Report on sanitation, dispensaries, and jails in Rajputana for 1909, and on vaccination for the year 1909-1910 - 1909-1910
Year: 1909
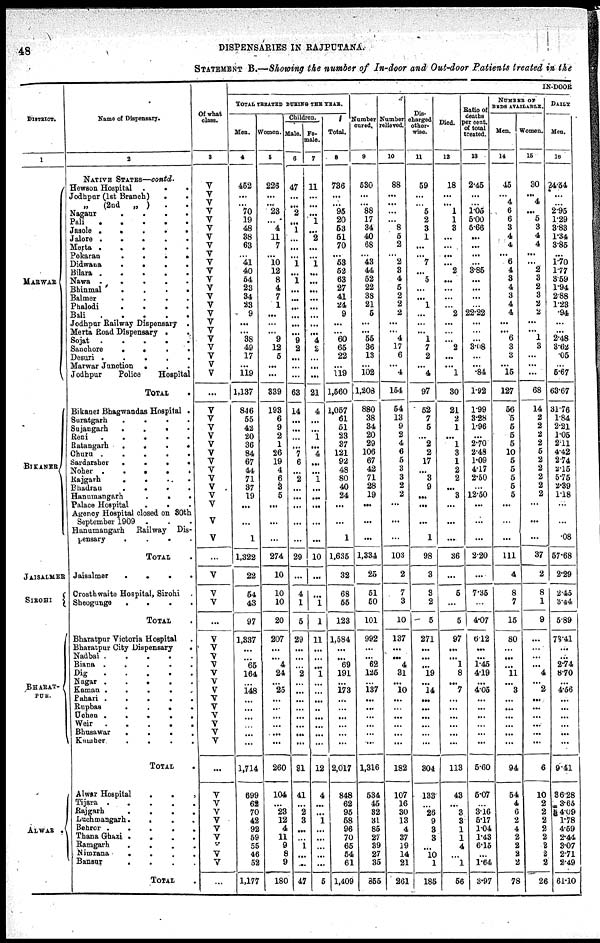
48
DISPENSARIES IN RAJPUTANA.
STATEMENT B.—Showing the number of In-door and Out-door Patients treated in the
DISTRICT.
1
MARWAR
BIKANER
JAISALMER
SIROHI
BHARAT¬
PUR.
ALWAR .
Name of Dispensary.
2
NATIVE STATES—contd.
Hewson Hospital
.
. .
Jodhpur (1st Branch)
.
.
„
(2nd „ ) . .
Nagaur
. . . .
Pali
.
.
.
.
.
Jasole .
.
.
.
.
Jalore .
.
.
.
.
Merta .
.
.
.
.
Pokaran
.
.
.
.
Didwana
.
.
. .
Bilara . .
.
.
.
Nawa .
.
.
.
.
Bhinmal
.
.
.
.
Balmer
.
.
.
.
Phalodi
.
.
.
.
Bali
.
.
.
.
.
Jodhpur Railway Dispensary .
Merta Road Dispensary . .
Sojat
.
.
.
.
.
Sanchore
.
.
.
.
Desuri .
.
.
.
.
Marwar Junction
. . .
Jodhpur
Police
Hospital
TOTAL .
Bikaner Bhagwandas Hospital .
Suratgarh
.
.
.
.
Sujangarh
. . . .
Beni
.
.
.
. .
Batangarh
.
.
.
.
Churu .
.
.
.
.
Sardarsher
.
.
.
.
Noher .
.
.
.
.
Rajgarh
.
.
.
.
Bhadran
.
.
.
.
Hanumangarh
.
.
.
Palace Hospital
.
. .
Agency Hospital closed on 80th
September 1909 . . .
Honumangarh
Railway Dis-
pensary
.
.
.
.
TOTAL .
Jaisalmer
.
.
.
.
Crosth waite Hospital, Sirohi .
Sheogunge
.
. . .
TOTAL .
Bharatpur Victoria Hospital .
Bharatpur City Dispensary
.
Nadbai .
.
.
.
.
Biana
. . . . .
Dig
.
.
.
.
.
Nagar .
.
.
.
.
Kaman
.
.
. . .
Pahari .
.
.
.
.
Rupbas
.
.
.
.
Uchen .
.
.
.
.
Weir
.
.
.
.
.
Bhusawar
.
.
. .
Kumher
. . . .
TOTAL .
Alwar Hospital . . .
Tijara .
.
.
. .
Rajgarh . . . .
Luchmangarh.
. . .
Behror .
.
.
.
Thana Ghazi . . . .
Ramgarh
.
. . .
Nimrana
. . . .
Bansur
. . . .
TOTAL .
Of what
class.
3
V
V
V
V
V
V
V
V
V
V
V
V
V
V
V
V
V
V
V
V
V
V
V
...
V
V
V
V
V
V
V
V
V
V
V
V
V
V
...
V
V
V
...
V
V
V
V
V
V
V
V
V
V
V
V
V
...
V
V
V
V
V
V
V
V
V
...
IN-DOOR
TOTAL TREATED DURING THE YEAR.
Men.
4
452
...
... 70
19
48
38
63
... 41
40
54
23
34
23
9
...
...
38
49
17
...
119
1,137
846
55
42
20
36
84
67
44
71
37
19
...
...
1
1,322
22
54
43
97
1,337
...
...
65
164
...
148
...
...
...
...
...
...
1,714
699
62
70
42
92
59
55
46
52
1,177
Women.
5
226
...
... 23
...
4
11
7
... 10
12
8
4
7
1
...
...
...
9
12
5
...
...
339
193
6
9
2
1
26
19
4
6
3
5
...
...
...
274
10
10
10
20
207
... ...
4
24
...
25
...
...
...
...
...
...
260
104
...
23
12
4
11
9
8
9
180
Children.
Male.
6
47
...
...
2
...
1
...
...
... 1
...
1
...
...
...
...
...
...
9
2
...
...
...
63
14
...
...
...
...
7
6
...
2
...
...
...
...
...
29
...
4
1
5
29
...
...
...
2
...
...
...
...
...
...
...
...
31
41
...
2
3
...
...
1
...
...
47
Fe¬
male.
7
11
...
...
...
1
...
2
...
... 1
...
...
...
...
...
...
...
...
4
2
...
...
...
21
4
...
...
1
...
4
...
...
1
...
...
...
...
...
10
...
...
1
1
11
...
...
...
1
...
...
...
...
...
...
...
...
12
4
...
...
1
...
...
...
...
...
5
Total.
8
736
...
... 95
20
53
51
70
... 53
52
63
27
41
24
9
...
...
60
65
22
...
119
1,560
1,057
61
51
23
37
121
92
48
80
40
24
...
...
1
1,635
32
68
55
123
1,584
...
...
69
191
...
173
...
...
...
...
...
...
2,017
848
62
95
58
96
70
65
54
61
1,409
Number
cured.
9
530
...
...
88
17
34
40
68
... 43
44
52
22
38
21
5
...
...
55
36
13
...
102
1,208
880
38
34
20
29
106
67
42
71
28
19
...
...
...
1,334
25
51
50
101
992
...
...
62
125
...
137
...
...
...
...
...
...
1,316
534
46
32
31
85
27
39
27
35
855
Number
relieved.
10
88
...
...
...
... 8
5
2
... 2
3
4
5
2
2
2
...
...
4
17
6
...
4
154
54
13
9
2
4
6
5
3
3
2
2
...
...
...
103
2
7
3
10
137
...
...
4
31
...
10
...
...
...
...
...
...
182
107
16
30
13
4
37
19
14
21
261
Dis¬
charged
other¬
wise.
11
59
...
... 5
2
3
1
...
... 7
...
5
...
...
1
...
...
...
1
7
2
...
4
97
52
7
5
...
2
2
17
...
3
9
...
...
...
1
98
3
3
2
5
271
...
...
...
19
...
14
...
...
...
...
...
...
304
133
...
26
9
3
3
...
10
1
185
Died
12
18
...
...
1
1
3
...
...
...
...
2
...
...
...
...
2
...
...
...
2
...
...
1
30
21
2
1
...
1
3
1
2
2
...
3
...
...
...
36
...
5
...
5
97
...
...
1
8
...
7
...
...
...
...
...
...
113
43
...
3
3
1
1
4
...
1
56
Ratio of
deaths
Per cent.
of total
treated.
13
2.45
...
...
1.05
5.00
5.66
...
...
...
...
3.85
...
...
...
...
22.22
...
...
...
3.08
...
...
.84
1.92
1.99
3.28
1.96
...
2.70
2.48
1.09
4.17
2.50
...
12.50
...
...
...
2.20
...
7.35
...
4.07
6.12
...
...
1.45
4.19
...
4.05
...
...
...
...
...
...
5.60
5.07
...
3.16
5.17
1.04
1.43
6.15
...
1.64
3.97
NUMBER OF
BEDS AVAILABLE.
Men.
14
45
... 4
6
6
3
4
4
... 6
4
3
4
3
4
4
...
...
6
3
3
...
15
127
56
5
5
5
5
10
5
5
5
5
5
...
...
...
111
4
8
7
15
80
...
...
...
11
...
3
...
...
...
...
...
...
94
54
4
6
2
4
2
2
2
2
78
Woman.
15
30
... 4
...
5
3
4
4
... ...
2
3
2
3
2
2
...
...
1
3
...
...
...
68
14
2
2
2
2
5
2
2
2
2
2
...
...
...
37
2
8
1
9
...
...
...
...
4
...
2
...
...
...
...
...
...
6
10
2
2
2
2
2
2
2
2
26
DAILY
Men.
16
24.54
...
...
2.95
1.29
3.83
1.34
3.85
...
1.70
1.77
3.59
1.94
2.88
1.23
.94
...
...
2.48
3.62
.05
...
5.67
63.67
31.76
1.84
2.21
1.05
2.11
4.42
2.74
2.15
5.75
2.39
1.18
...
...
.08
57.68
2.29
2.45
3.44
5.89
73.41
...
...
2.74
8.70
...
4.56
...
...
...
...
...
...
9.41
36.28
3.65
4.09
1.78
4.59
2.44
3.07
2.71
2.49
61.10